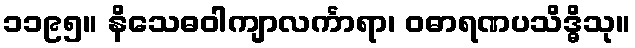
၁၁၉၅။ နိသေဓဝါကျာလင်္ကာရာ၊ ဝဓာရဏပသိဒ္ဓိသု။